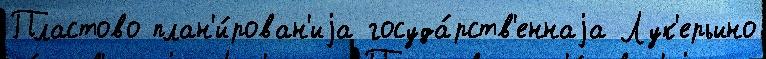
Пластово план'и́рован'иjа госуда́рств'еннаjа Лук'ерьино